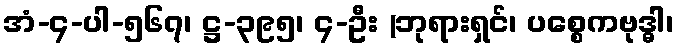
အံ-၄-ပါ-၅၆၇၊ ဋ္ဌ-၃၉၅၊ ၄-ဦး (ဘုရားရှင်၊ ပစ္စေကဗုဒ္ဓါ၊